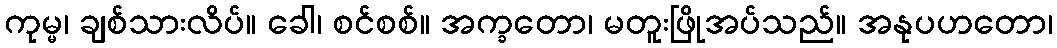
ကုမ္မ၊ ချစ်သားလိပ်။ ခေါ၊ စင်စစ်။ အက္ခတော၊ မတူးဖြိုအပ်သည်။ အနုပဟတော၊